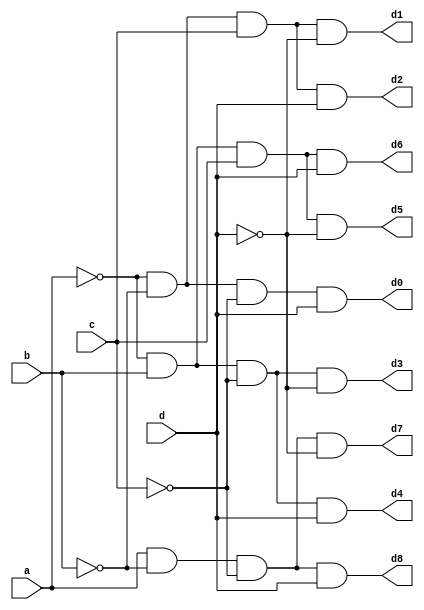
`timescale 1ns / 1ps

module bcdtodecidec(
input a,b,c,d,
output d0, d1, d2, d3, d4, d5, d6, d7, d8
);
    
    assign d0 = ~a & ~b & ~c & d;
    assign d1 = ~a & ~b & c & ~d;
    assign d2 = ~a & ~b & c & d;
    assign d3 = ~a & b & ~c & ~d;
    assign d4 = ~a & b & ~c & d;
    assign d5 = ~a & b & c & ~d;
    assign d6 = ~a & b & c & d;
    assign d7 = a & ~b & ~c & ~d;
    assign d8 = a & ~b & ~c & d;         
endmodule